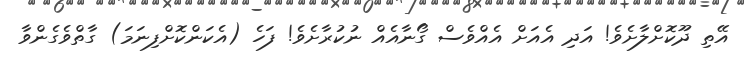
އޭތި ދޫކޮށްލާށެވެ! އަދި އެއަށް އެއްވެސް ގޯނާއެއް ނުކުރާށެވެ! ފަހެ (އެކަންކޮށްފިނަމަ) ގާތްވެގެންވާ